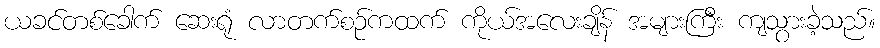
ယခင်တစ်ခေါက် ဆေးရုံ လာတက်စဉ်ကထက် ကိုယ်အလေးချိန် အများကြီး ကျသွားခဲ့သည်။